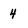
Character: 4